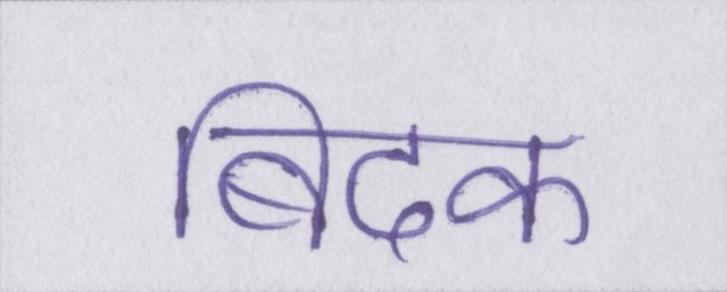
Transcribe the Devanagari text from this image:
बिदक